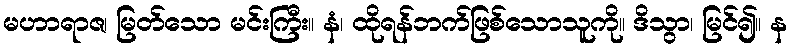
မဟာရာဇ၊ မြတ်သော မင်းကြီး။ နံ၊ ထိုရန်ဘက်ဖြစ်သောသူကို။ ဒိသွာ၊ မြင်၍။ န